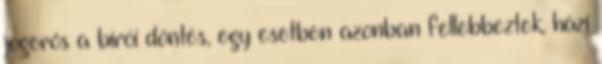
jogerős a bírói döntés, egy esetben azonban fellebbeztek, házi